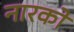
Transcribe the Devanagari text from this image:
नारको